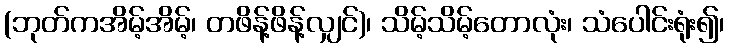
(ဘုတ်ကအိမ့်အိမ့်၊ တဖိန့်ဖိန့်လျှင်)၊ သိမ့်သိမ့်တောလုံး၊ သံပေါင်းရုံး၍၊